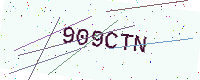
Text: 909CTN